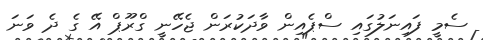
ސެމީ ފައިނަލުގައި ސްޕެއިން ވާދަކުރަން ޖެހޭނީ ގްރޫޕް އޭ ގެ ދެ ވަނަ